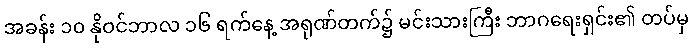
အခန်း ၁၀ နိုဝင်ဘာလ ၁၆ ရက်နေ့ အရုဏ်တက်၌ မင်းသားကြီး ဘာဂရေးရှင်း၏ တပ်မှ